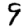
Digit: 9